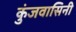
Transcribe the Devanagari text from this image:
कुंजवासिनी